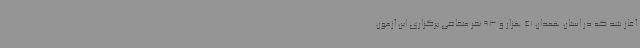
آغاز شد که در استان همدان 41 هزار و 93 نفر متقاضی برگزاری این آزمون